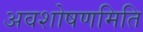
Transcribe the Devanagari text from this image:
अवशोषणमिति